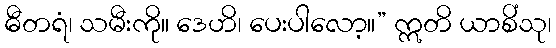
ဓီတရံ၊ သမီးကို။ ဒေဟိ၊ ပေးပါလော့။” ဣတိ ယာစိံသု၊